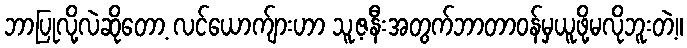
ဘာပြုလို့လဲဆိုတော့ လင်ယောက်ျားဟာ သူ့ဇနီးအတွက်ဘာတာဝန်မှယူဖို့မလိုဘူးတဲ့။